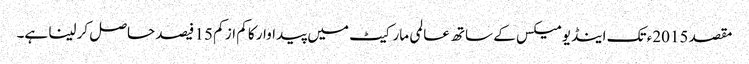
مقصد 2015ء تک اینڈیومیکس کے ساتھ عالمی مارکیٹ میں پیداوار کا کم از کم 15 فیصد حاصل کر لینا ہے۔